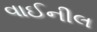
વાઈનીલ